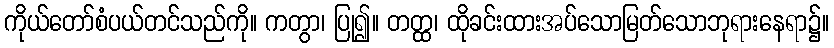
ကိုယ်တော်စံပယ်တင်သည်ကို။ ကတွာ၊ ပြု၍။ တတ္ထ၊ ထိုခင်းထားအပ်သောမြတ်သောဘုရားနေရာ၌။